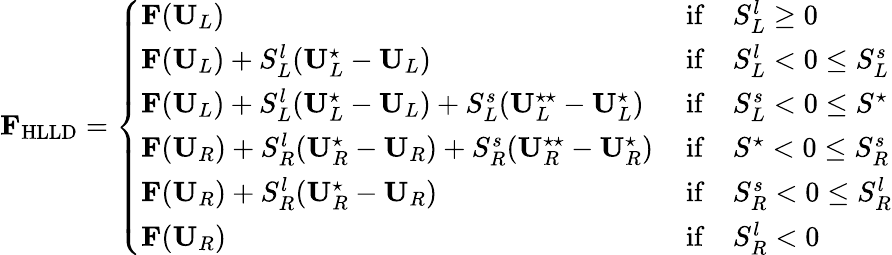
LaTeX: \mathbf{F}_{\mathrm{HLLD}}=\left\{ \begin{array}{ll}{\mathbf{F}(\mathbf{U}_{L})\, }&{\mathrm{if}\quad S_{L}^{l}\geq 0}\\ {\mathbf{F}(\mathbf{U}_{L})+S_{L}^{l}(\mathbf{U}_{L}^{\star}-\mathbf{U}_{L})\, }&{\mathrm{if}\quad S_{L}^{l}<0\leq S_{L}^{s}}\\ {\mathbf{F}(\mathbf{U}_{L})+S_{L}^{l}(\mathbf{U}_{L}^{\star}-\mathbf{U}_{L})+S_{L}^{s}(\mathbf{U}_{L}^{\star\star}-\mathbf{U}_{L}^{\star})\, }&{\mathrm{if}\quad S_{L}^{s}<0\leq S^{\star}}\\ {\mathbf{F}(\mathbf{U}_{R})+S_{R}^{l}(\mathbf{U}_{R}^{\star}-\mathbf{U}_{R})+S_{R}^{s}(\mathbf{U}_{R}^{\star\star}-\mathbf{U}_{R}^{\star})\, }&{\mathrm{if}\quad S^{\star}<0\leq S_{R}^{s}}\\ {\mathbf{F}(\mathbf{U}_{R})+S_{R}^{l}(\mathbf{U}_{R}^{\star}-\mathbf{U}_{R})\, }&{\mathrm{if}\quad S_{R}^{s}<0\leq S_{R}^{l}}\\ {\mathbf{F}(\mathbf{U}_{R})\, }&{\mathrm{if}\quad S_{R}^{l}<0}\end{array}\right.